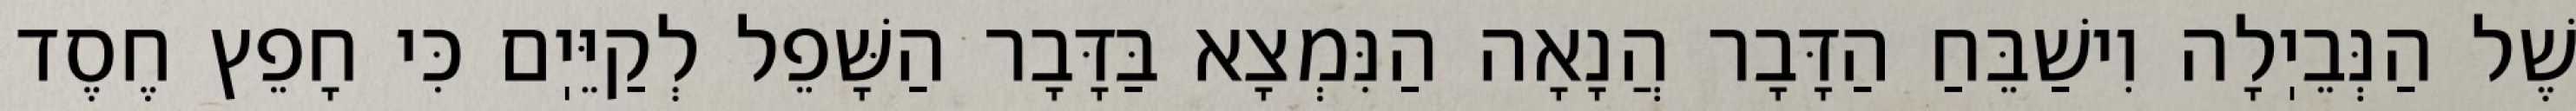
שֶׁל הַנְּבֵיֽלָה וִישַׁבֵּחַ הַדָּבָר הֲנָאָה הַנִּמְצָא בַּדָּבָר הַשָּׁפֵל לְקַיֵּיֽם כִּי חָפֵץ חֶסֶד